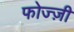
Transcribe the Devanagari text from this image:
फोज्ज़ी